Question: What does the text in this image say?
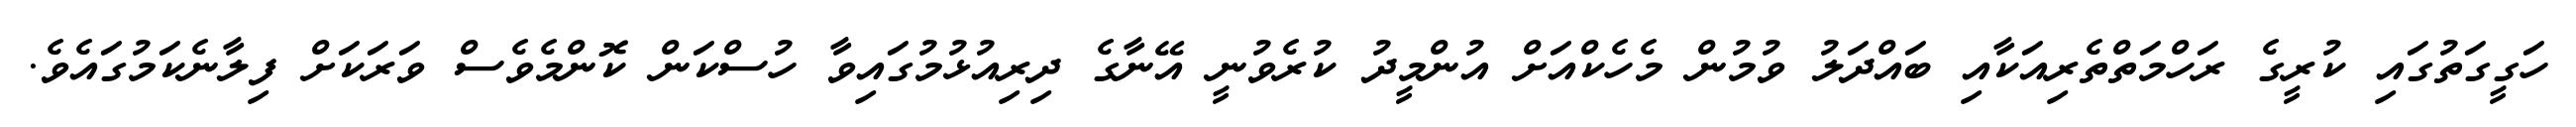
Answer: ހަގީގަތުގައި ކުރީގެ ރަހްމަތްތެރިއަކާއި ބައްދަލު ވުމުން މެހެކްއަށް އުންމީދު ކުރެވުނީ އޭނާގެ ދިރިއުޅުމުގައިވާ ހުސްކަން ކޮންމެވެސް ވަރަކަށް ފިލާނެކަމުގައެވެ.